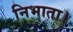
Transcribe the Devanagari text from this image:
निभाता।